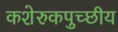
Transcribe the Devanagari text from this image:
कशेरुकपुच्छीय